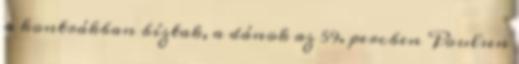
a kontrákban bíztak, a dánok az 59. percben Poulsen